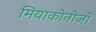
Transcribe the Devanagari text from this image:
मियाकोनोजो